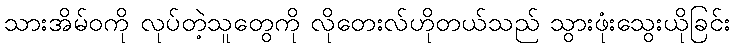
သားအိမ်ဝကို လုပ်တဲ့သူတွေကို လိုတေးလ်ဟိုတယ်သည် သွားဖုံးသွေးယိုခြင်း